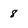
Character: 8